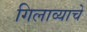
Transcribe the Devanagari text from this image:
गिलाव्याचे